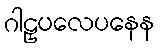
ဂါဠှပလေပနေန